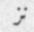
نز